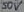
Text: 50V